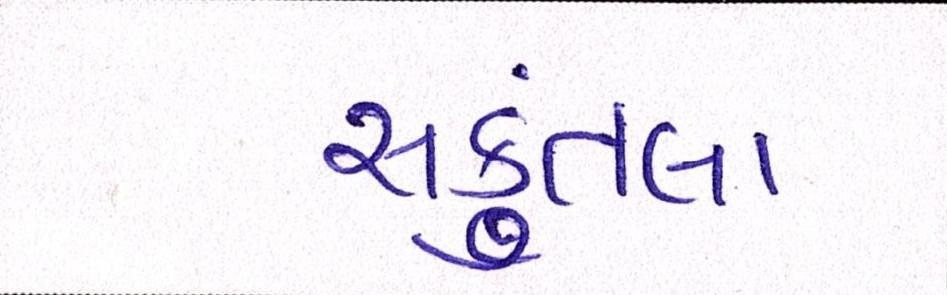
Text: સકુંતલા